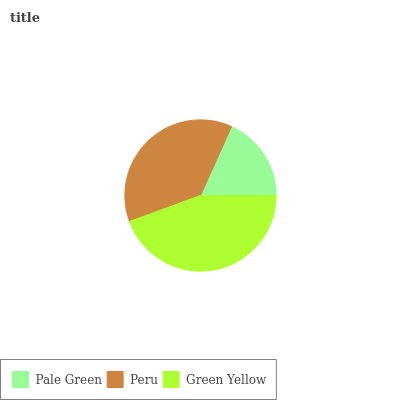
| Pale Green | Peru | Green Yellow |
 | --- | --- | --- |
 | 18.3% | 37.4% | 44.4% |